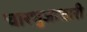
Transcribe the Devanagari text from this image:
चारभुजाधारी